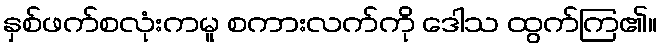
နှစ်ဖက်စလုံးကမူ စကားလက်ကို ဒေါသ ထွက်ကြ၏။